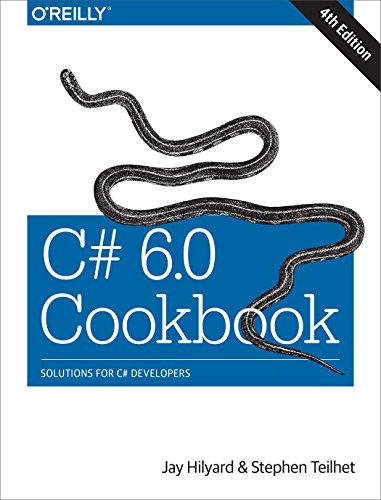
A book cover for C# 6.0 Cookbook; Jay Hilyard; Computers & Technology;